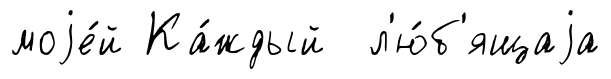
моjе́й Ка́ждый л'ю́б'ящаjа